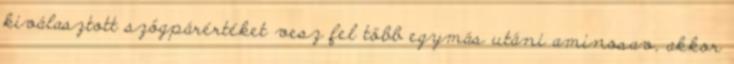
kiválasztott szögpárértéket vesz fel több egymás utáni aminosav, akkor